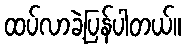
ထပ်လာခဲ့ပြန်ပါတယ်။